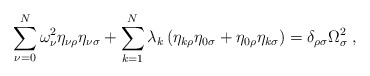
\begin{align*}\sum_{\nu=0}^N\omega_\nu^2\eta_{\nu\rho}\eta_{\nu\sigma}+\sum_{k=1}^N\lambda_k\left(\eta_{k\rho}\eta_{0\sigma}+\eta_{0\rho}\eta_{k\sigma}\right)=\delta_{\rho\sigma}\Omega_\sigma^2\;,\end{align*}